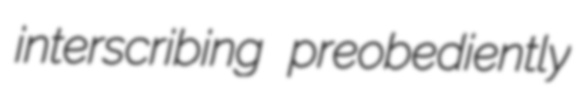
interscribing preobediently